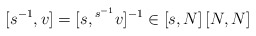
\begin{align*}[s^{-1},v] = [s,{}^{s^{-1}}v]^{-1}\in [s,N]\,[N,N]\end{align*}